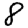
Digit: 8